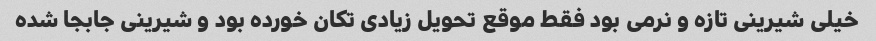
خیلی شیرینی تازه و نرمی بود فقط موقع تحویل زیادی تکان خورده بود و شیرینی جابجا شده